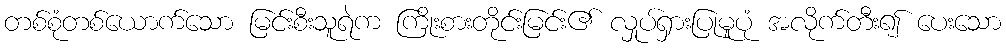
တစ်စုံတစ်ယောက်သော မြင်းစီးသူရဲက ကြိုးစားတိုင်းမြင်း၏ လှုပ်ရှားပြုမူပုံ အလိုက်တီး၍ ပေးသော